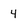
Character: 4